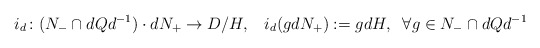
\begin{align*}i_d \colon (N_- \cap dQd^{-1}) \cdot d N_+ \to D/H, \; \; \;i_d(g d N_+) := gdH, \; \; \forall g \in N_- \cap d Qd^{-1}\end{align*}